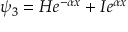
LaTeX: \psi _ { 3 } = H e ^ { - \alpha x } + I e ^ { \alpha x } \,